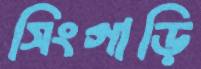
সিংগাড়ি